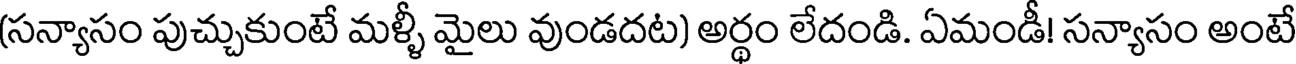
(సన్యాసం పుచ్చుకుంటే మళ్ళీ మైలు వుండదట) అర్థం లేదండి. ఏమండీ! సన్యాసం అంటే